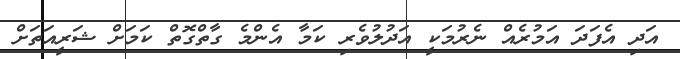
އަދި އެފަދަ އަމުރެއް ނެރުމަކީ އަދުލުވެރި ކަމާ އެންމެ ގާތްގޮތް ކަމަށް ޝަރީއަތަށް